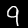
Digit: 9